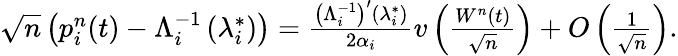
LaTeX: \begin{array}{r}{\sqrt{n}\left(p_{i}^{n}(t)-\Lambda_{i}^{-1}\left(\lambda_{i}^{*}\right)\right)=\frac{\left(\Lambda_{i}^{-1}\right)^{\prime}\left(\lambda_{i}^{*}\right)}{2\alpha_{i}}v\left(\frac{W^{n}(t)}{\sqrt{n}}\right)+O\left(\frac{1}{\sqrt{n}}\right).}\end{array}